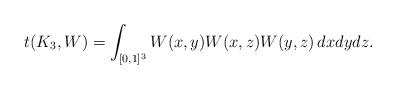
LaTeX: \begin{align*}t(K_3, W) = \int_{[0,1]^3} W(x,y)W(x,z)W(y,z) \, dxdydz.\end{align*}